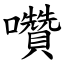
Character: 囋